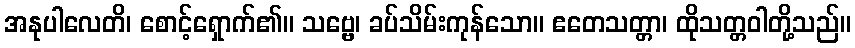
အနုပါလေတိ၊ စောင့်ရှောက်၏။ သဗ္ဗေ၊ ခပ်သိမ်းကုန်သော။ ဧတေသတ္တာ၊ ထိုသတ္တဝါတို့သည်။